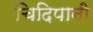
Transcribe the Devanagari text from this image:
चिदिपानी